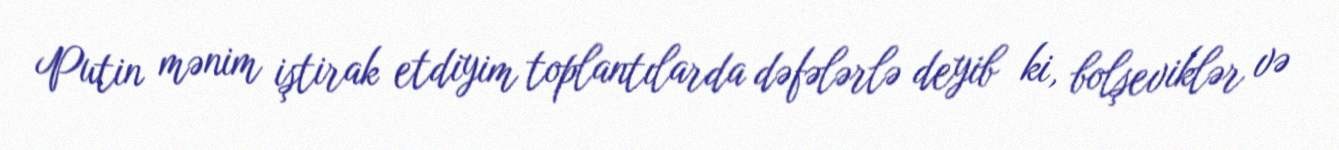
Putin mənim iştirak etdiyim toplantılarda dəfələrlə deyib ki, bolşeviklər və